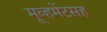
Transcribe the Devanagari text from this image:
मूव्हमेंटसह